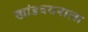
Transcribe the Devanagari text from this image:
खांडववनाला